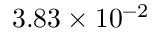
3 . 8 3 \times 1 0 ^ { - 2 }